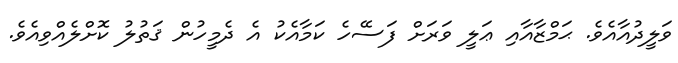
ވަލީދުއާއެވެ. ޙަމްޒާއާއި ޢަލީ ވަރަށް ފަސޭހެ ކަމާއެކު އެ ދެމީހުން ޤަތުލު ކޮށްލެއްވިއެވެ.